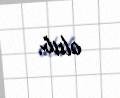
olub.